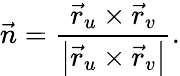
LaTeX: {\vec{n}}={\frac{{\vec{r}}_{u}\times{\vec{r}}_{v}}{\left|{\vec{r}}_{u}\times{\vec{r}}_{v}\right|}}.